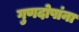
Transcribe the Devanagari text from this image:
गुणदोषांना